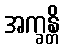
အက္ခန္တိ